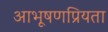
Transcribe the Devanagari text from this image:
आभूषणप्रियता